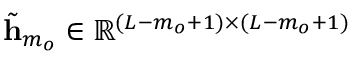
\tilde { \mathbf { h } } _ { m _ { o } } \in \mathbb { R } ^ { ( L - m _ { o } + 1 ) \times ( L - m _ { o } + 1 ) }